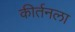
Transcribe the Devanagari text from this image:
कीर्तनला